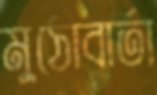
মুঠোবার্তা